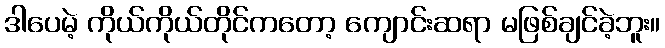
ဒါပေမဲ့ ကိုယ်ကိုယ်တိုင်ကတော့ ကျောင်းဆရာ မဖြစ်ချင်ခဲ့ဘူး။